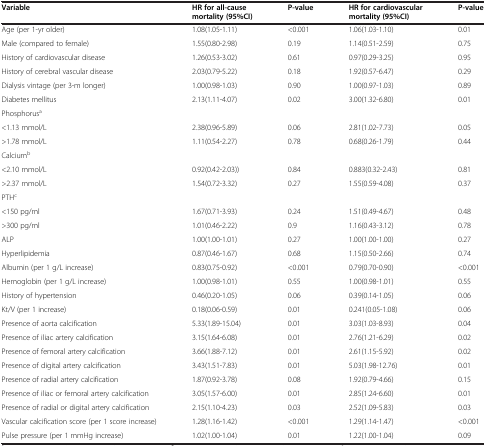
<table><thead><tr><td><b>Variable</b></td><td><b>HR for all-cause mortality (95%CI)</b></td><td><b>P-value</b></td><td><b>HR for cardiovascular mortality (95%CI)</b></td><td><b>P-value</b></td></tr></thead><tbody><tr><td>Age (per 1-yr older)</td><td>1.08(1.05-1.11)</td><td>&lt;0.001</td><td>1.06(1.03-1.10)</td><td>0.01</td></tr><tr><td>Male (compared to female)</td><td>1.55(0.80-2.98)</td><td>0.19</td><td>1.14(0.51-2.59)</td><td>0.75</td></tr><tr><td>History of cardiovascular disease</td><td>1.26(0.53-3.02)</td><td>0.61</td><td>0.97(0.29-3.25)</td><td>0.95</td></tr><tr><td>History of cerebral vascular disease</td><td>2.03(0.79-5.22)</td><td>0.18</td><td>1.92(0.57-6.47)</td><td>0.29</td></tr><tr><td>Dialysis vintage (per 3-m longer)</td><td>1.00(0.98-1.03)</td><td>0.90</td><td>1.00(0.97-1.03)</td><td>0.89</td></tr><tr><td>Diabetes mellitus</td><td>2.13(1.11-4.07)</td><td>0.02</td><td>3.00(1.32-6.80)</td><td>0.01</td></tr><tr><td>Phosphorus<sup>a</sup></td><td> </td><td> </td><td> </td><td> </td></tr><tr><td>&lt;1.13 mmol/L</td><td>2.38(0.96-5.89)</td><td>0.06</td><td>2.81(1.02-7.73)</td><td>0.05</td></tr><tr><td>&gt;1.78 mmol/L</td><td>1.11(0.54-2.27)</td><td>0.78</td><td>0.68(0.26-1.79)</td><td>0.44</td></tr><tr><td>Calcium<sup>b</sup></td><td> </td><td> </td><td> </td><td> </td></tr><tr><td>&lt;2.10 mmol/L</td><td>0.92(0.42-2.03))</td><td>0.84</td><td>0.883(0.32-2.43)</td><td>0.81</td></tr><tr><td>&gt;2.37 mmol/L</td><td>1.54(0.72-3.32)</td><td>0.27</td><td>1.55(0.59-4.08)</td><td>0.37</td></tr><tr><td>PTH<sup>c</sup></td><td> </td><td> </td><td> </td><td> </td></tr><tr><td>&lt;150 pg/ml</td><td>1.67(0.71-3.93)</td><td>0.24</td><td>1.51(0.49-4.67)</td><td>0.48</td></tr><tr><td>&gt;300 pg/ml</td><td>1.01(0.46-2.22)</td><td>0.9</td><td>1.16(0.43-3.12)</td><td>0.78</td></tr><tr><td>ALP</td><td>1.00(1.00-1.01)</td><td>0.27</td><td>1.00(1.00-1.00)</td><td>0.27</td></tr><tr><td>Hyperlipidemia</td><td>0.87(0.46-1.67)</td><td>0.68</td><td>1.15(0.50-2.66)</td><td>0.74</td></tr><tr><td>Albumin (per 1 g/L increase)</td><td>0.83(0.75-0.92)</td><td>&lt;0.001</td><td>0.79(0.70-0.90)</td><td>&lt;0.001</td></tr><tr><td>Hemoglobin (per 1 g/L increase)</td><td>1.00(0.98-1.01)</td><td>0.55</td><td>1.00(0.98-1.01)</td><td>0.55</td></tr><tr><td>History of hypertension</td><td>0.46(0.20-1.05)</td><td>0.06</td><td>0.39(0.14-1.05)</td><td>0.06</td></tr><tr><td>Kt/V (per 1 increase)</td><td>0.18(0.06-0.59)</td><td>0.01</td><td>0.241(0.05-1.08)</td><td>0.06</td></tr><tr><td>Presence of aorta calcification</td><td>5.33(1.89-15.04)</td><td>0.01</td><td>3.03(1.03-8.93)</td><td>0.04</td></tr><tr><td>Presence of iliac artery calcification</td><td>3.15(1.64-6.08)</td><td>0.01</td><td>2.76(1.21-6.29)</td><td>0.02</td></tr><tr><td>Presence of femoral artery calcification</td><td>3.66(1.88-7.12)</td><td>0.01</td><td>2.61(1.15-5.92)</td><td>0.02</td></tr><tr><td>Presence of digital artery calcification</td><td>3.43(1.51-7.83)</td><td>0.01</td><td>5.03(1.98-12.76)</td><td>0.01</td></tr><tr><td>Presence of radial artery calcification</td><td>1.87(0.92-3.78)</td><td>0.08</td><td>1.92(0.79-4.66)</td><td>0.15</td></tr><tr><td>Presence of iliac or femoral artery calcification</td><td>3.05(1.57-6.00)</td><td>0.01</td><td>2.85(1.24-6.60)</td><td>0.01</td></tr><tr><td>Presence of radial or digital artery calcification</td><td>2.15(1.10-4.23)</td><td>0.03</td><td>2.52(1.09-5.83)</td><td>0.03</td></tr><tr><td>Vascular calcification score (per 1 score increase)</td><td>1.28(1.16-1.42)</td><td>&lt;0.001</td><td>1.29(1.14-1.47)</td><td>&lt;0.001</td></tr><tr><td>Pulse pressure (per 1 mmHg increase)</td><td>1.02(1.00-1.04)</td><td>0.01</td><td>1.22(1.00-1.04)</td><td>0.09</td></tr></tbody></table>